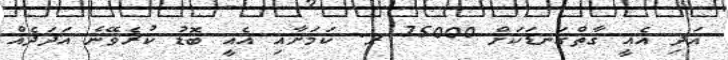
އަދި އެއީ ގާތްގަނޑަކަށް 75000 ރ. ކަމަށާއި އެއީ ބޮޑު ކުރެވޭނެ އަދަދެއް